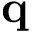
\mathbf { q }